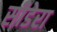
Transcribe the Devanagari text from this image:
सीडेरा